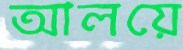
আলয়ে